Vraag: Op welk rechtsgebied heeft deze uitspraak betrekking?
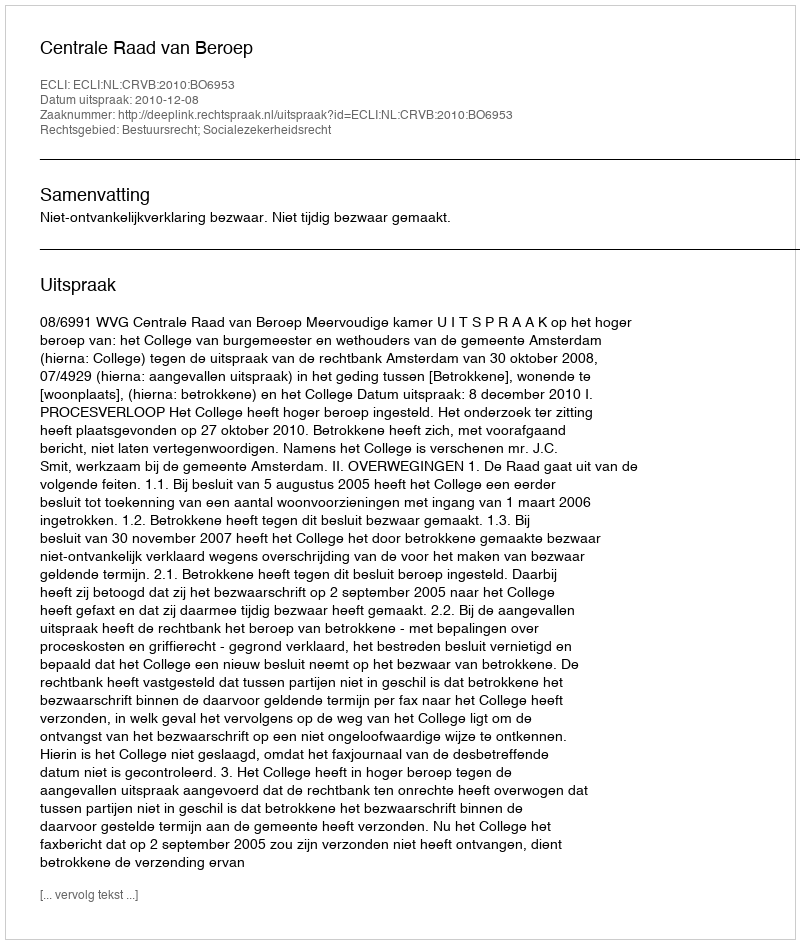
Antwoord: Bestuursrecht; Socialezekerheidsrecht